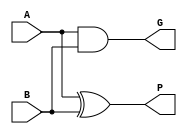
//////////////////////////////////////////////////////////////////////////////////
// Company: 
// Engineer: 
// 
// Design Name: 
// Module Name: PG
// Project Name: 
// Target Devices: 
// Tool Versions: 
// Description: 
// 
// Dependencies: 
// 
// Revision:
// Revision 0.01 - File Created
// Additional Comments:
// 
//////////////////////////////////////////////////////////////////////////////////


module PG(input A,B,
           output P,G);
    assign P = A ^ B; 
    assign G = A & B;

endmodule